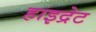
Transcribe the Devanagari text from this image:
हाइद्रेट